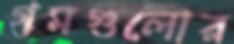
গমগুলোর